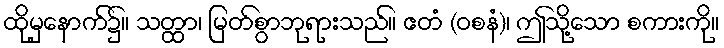
ထိုမှနောက်၌။ သတ္ထာ၊ မြတ်စွာဘုရားသည်။ ဧတံ (ဝစနံ)၊ ဤသို့သော စကားကို။